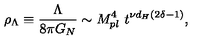
\rho _ { \Lambda } \equiv { \frac { \Lambda } { 8 \pi G _ { N } } } \sim M _ { p l } ^ { 4 } \ t ^ { \nu d _ { H } ( 2 \delta - 1 ) } ,